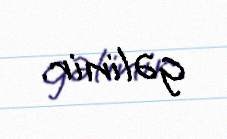
gəlinir.